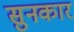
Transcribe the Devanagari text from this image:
सुनकार